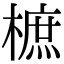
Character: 樜